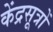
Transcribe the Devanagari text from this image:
केंद्रसूत्रों